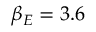
\beta _ { E } = 3 . 6